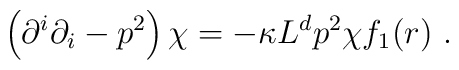
\left(\partial^i\partial_i-p^2\right)\chi=-\kappa L^d p^2\chi f_1(r)~.